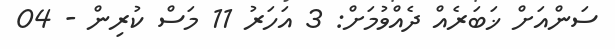
ސަންއަށް ޚަބަރެއް ދެއްވުމަށް: 3 އަހަރު 11 މަސް ކުރިން - 04